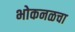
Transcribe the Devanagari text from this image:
भोकनळचा